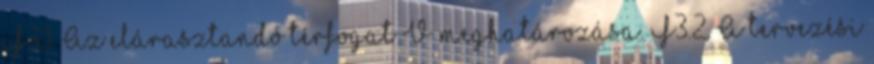
F3.1. Az elárasztandó térfogat V meghatározása. F3.2. A tervezési